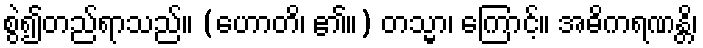
စွဲ၍တည်ရာသည်။ (ဟောတိ၊ ၏။) တသ္မာ၊ ကြောင့်။ အဓိကရဏန္တိ၊